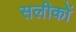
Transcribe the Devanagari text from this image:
सलीकों